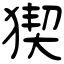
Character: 猰